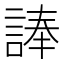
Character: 𮘗